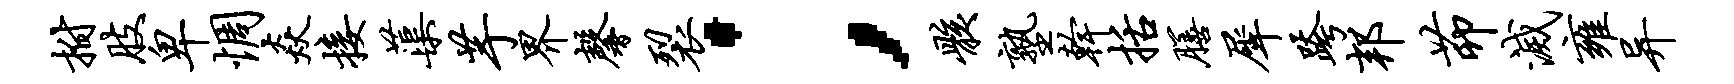
拊肢卑惆焱接蕖芋界馨裂；骸塾干括膳犀跨邦茆灭雍异